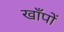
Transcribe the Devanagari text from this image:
खाँपों